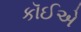
કૉઈએ